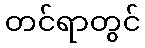
တင်ရာတွင်